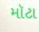
મૉટા